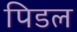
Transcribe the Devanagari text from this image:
पिडल